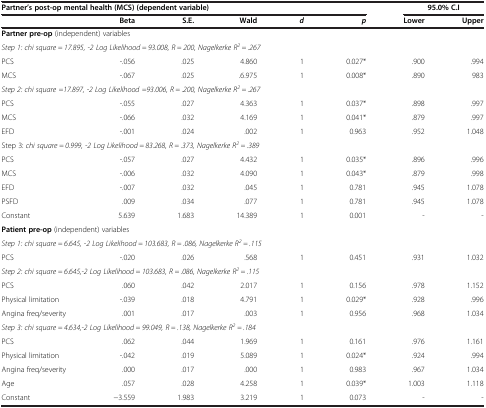
<table><thead><tr><td colspan="6"><b>Partner’s post-op mental health (MCS) (dependent variable)</b></td><td><b> </b></td><td><b>95.0% C.I</b></td></tr><tr><td><b> </b></td><td><b>Beta</b></td><td><b>S.E.</b></td><td><b>Wald</b></td><td><b><i>d</i></b></td><td><b><i>p</i></b></td><td><b>Lower</b></td><td><b>Upper</b></td></tr></thead><tbody><tr><td colspan="8"><b>Partner pre-op</b> (independent) variables</td></tr><tr><td colspan="8"><i>Step 1: chi square = 17.895, -2 Log Likelihood = 93.008, R = 200, Nagelkerke R</i><sup><i>2</i></sup> <i>= .267</i></td></tr><tr><td>PCS</td><td>-.056</td><td>.025</td><td>4.860</td><td>1</td><td>0.027*</td><td>.900</td><td>.994</td></tr><tr><td>MCS</td><td>-.067</td><td>.025</td><td>.6.975</td><td>1</td><td>0.008*</td><td>.890</td><td>983</td></tr><tr><td colspan="8"><i>Step 2: chi square =17.897, -2 Log Likelihood =93.006, R = .200, Nagelkerke R</i><sup><i>2</i></sup> <i>= .267</i></td></tr><tr><td>PCS</td><td>-.055</td><td>.027</td><td>4.363</td><td>1</td><td>0.037*</td><td>.898</td><td>.997</td></tr><tr><td>MCS</td><td>-.066</td><td>.032</td><td>4.169</td><td>1</td><td>0.041*</td><td>.879</td><td>.997</td></tr><tr><td>EFD</td><td>-.001</td><td>.024</td><td>.002</td><td>1</td><td>0.963</td><td>.952</td><td>1.048</td></tr><tr><td colspan="8">Step 3: <i>chi square = 0.999, -2 Log Likelihood = 83.268, R = .373, Nagelkerke R</i><sup><i>2</i></sup> <i>= .389</i></td></tr><tr><td>PCS</td><td>-.057</td><td>.027</td><td>4.432</td><td>1</td><td>0.035*</td><td>.896</td><td>.996</td></tr><tr><td>MCS</td><td>-.006</td><td>.032</td><td>4.090</td><td>1</td><td>0.043*</td><td>.879</td><td>.998</td></tr><tr><td>EFD</td><td>-.007</td><td>.032</td><td>.045</td><td>1</td><td>0.781</td><td>.945</td><td>1.078</td></tr><tr><td>PSFD</td><td>.009</td><td>.034</td><td>.077</td><td>1</td><td>0.781</td><td>.945</td><td>1.078</td></tr><tr><td>Constant</td><td>5.639</td><td>1.683</td><td>14.389</td><td>1</td><td>0.001</td><td>-</td><td>-</td></tr><tr><td colspan="8"><b>Patient pre-op</b> (independent) variables</td></tr><tr><td colspan="8"><i>Step 1: chi square = 6.645, -2 Log Likelihood = 103.683, R = .086, Nagelkerke R</i><sup><i>2</i></sup> <i>= .115</i></td></tr><tr><td>PCS</td><td>-.020</td><td>.026</td><td>.568</td><td>1</td><td>0.451</td><td>.931</td><td>1.032</td></tr><tr><td colspan="8"><i>Step 2: chi square = 6.645,-2 Log Likelihood = 103.683, R = .086, Nagelkerke R</i><sup><i>2</i></sup> <i>= .115</i></td></tr><tr><td>PCS</td><td>.060</td><td>.042</td><td>2.017</td><td>1</td><td>0.156</td><td>.978</td><td>1.152</td></tr><tr><td>Physical limitation</td><td>-.039</td><td>.018</td><td>4.791</td><td>1</td><td>0.029*</td><td>.928</td><td>.996</td></tr><tr><td>Angina freq/severity</td><td>.001</td><td>.017</td><td>.003</td><td>1</td><td>0.956</td><td>.968</td><td>1.034</td></tr><tr><td colspan="8"><i>Step 3: chi square = 4.634,-2 Log Likelihood = 99.049, R = .138, Nagelkerke R</i><sup><i>2</i></sup> <i>= .184</i></td></tr><tr><td>PCS</td><td>.062</td><td>.044</td><td>1.969</td><td>1</td><td>0.161</td><td>.976</td><td>1.161</td></tr><tr><td>Physical limitation</td><td>-.042</td><td>.019</td><td>5.089</td><td>1</td><td>0.024*</td><td>.924</td><td>.994</td></tr><tr><td>Angina freq/severity</td><td>.000</td><td>.017</td><td>.000</td><td>1</td><td>0.983</td><td>.967</td><td>1.034</td></tr><tr><td>Age</td><td>.057</td><td>.028</td><td>4.258</td><td>1</td><td>0.039*</td><td>1.003</td><td>1.118</td></tr><tr><td>Constant</td><td>−3.559</td><td>1.983</td><td>3.219</td><td>1</td><td>0.073</td><td>-</td><td>-</td></tr></tbody></table>